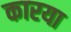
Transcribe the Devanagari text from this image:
कारया